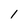
Character: 1